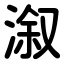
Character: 溆